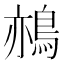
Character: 𪁂